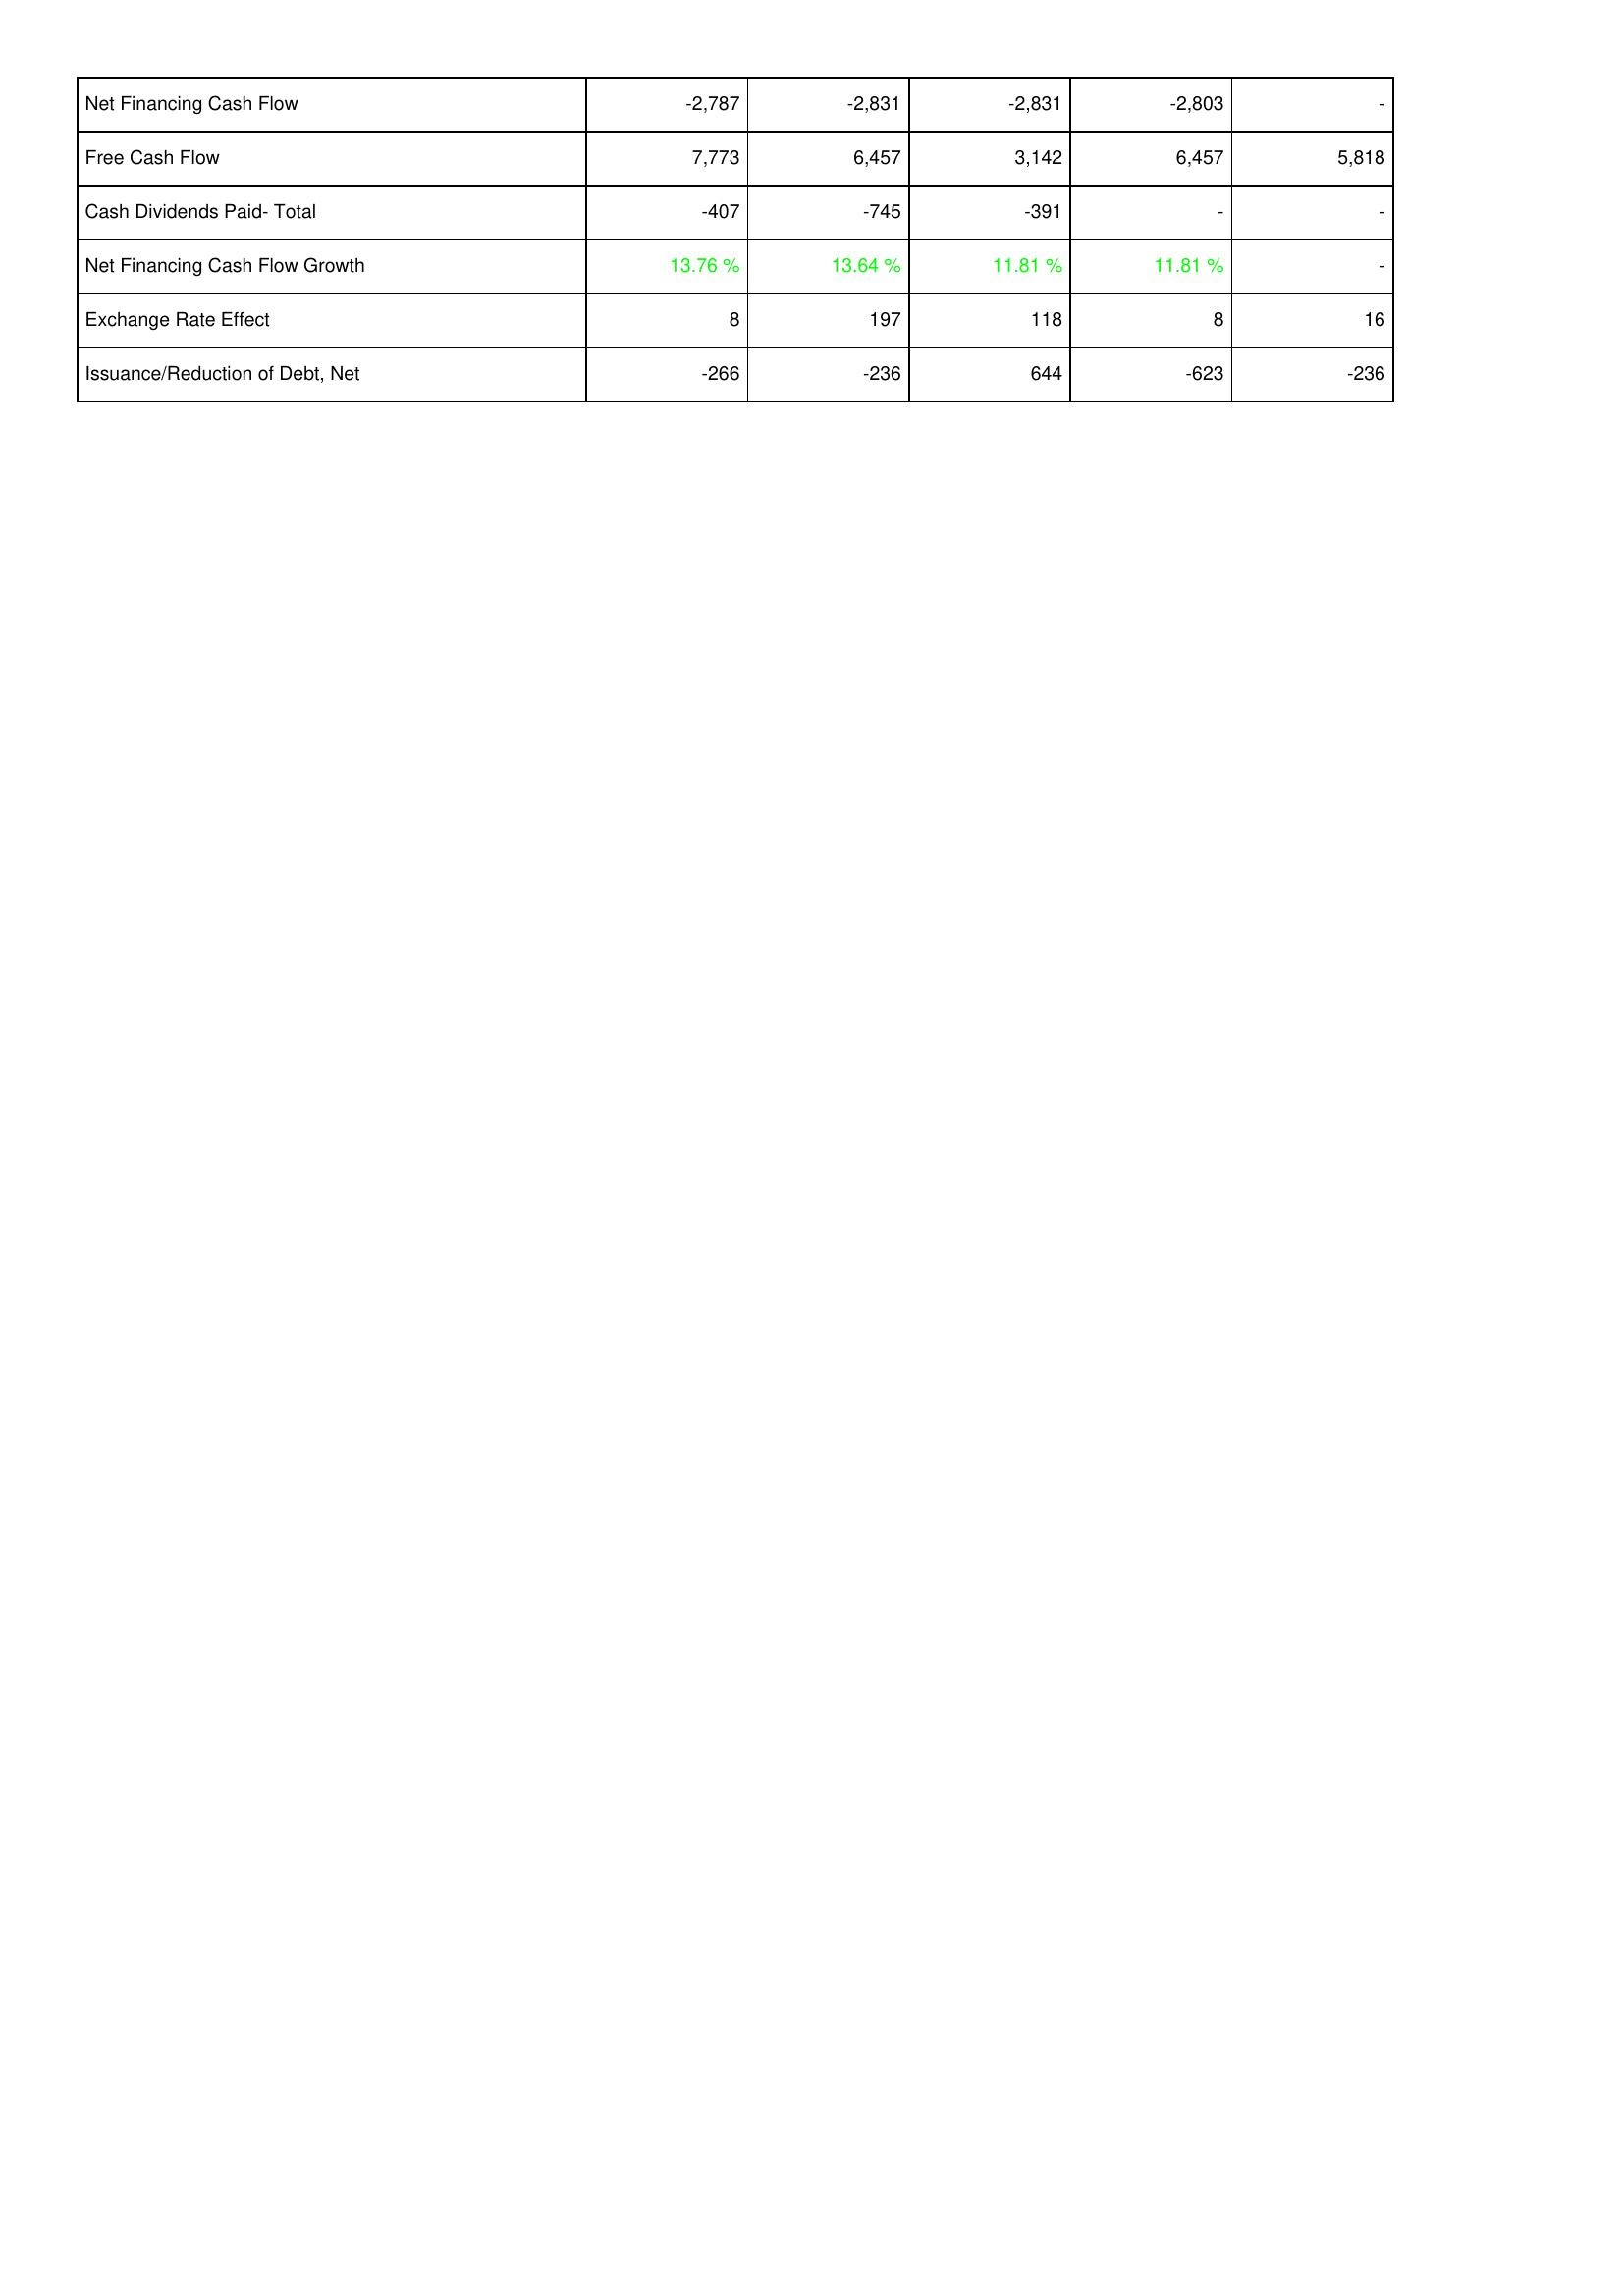
2014: Financing Activities: Net Financing Cash Flow: -2,787
Free Cash Flow: 7,773
Cash Dividends Paid- Total: -407
Net Financing Cash Flow Growth: 13.76 %
Exchange Rate Effect: 8
Issuance/Reduction of Debt, Net: -266
2013: Financing Activities: Net Financing Cash Flow: -2,831
Free Cash Flow: 6,457
Cash Dividends Paid- Total: -745
Net Financing Cash Flow Growth: 13.64 %
Exchange Rate Effect: 197
Issuance/Reduction of Debt, Net: -236
2012: Financing Activities: Net Financing Cash Flow: -2,831
Free Cash Flow: 3,142
Cash Dividends Paid- Total: -391
Net Financing Cash Flow Growth: 11.81 %
Exchange Rate Effect: 118
Issuance/Reduction of Debt, Net: 644
2011: Financing Activities: Net Financing Cash Flow: -2,803
Free Cash Flow: 6,457
Cash Dividends Paid- Total: -
Net Financing Cash Flow Growth: 11.81 %
Exchange Rate Effect: 8
Issuance/Reduction of Debt, Net: -623
2010: Financing Activities: Net Financing Cash Flow: -
Free Cash Flow: 5,818
Cash Dividends Paid- Total: -
Net Financing Cash Flow Growth: -
Exchange Rate Effect: 16
Issuance/Reduction of Debt, Net: -236